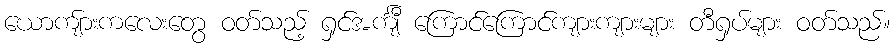
ယောကျ်ားကလေးတွေ ဝတ်သည့် ရှင်အင်္ကျီ ကြောင်ကြောင်ကျားကျားများ တီရှပ်များ ဝတ်သည်။